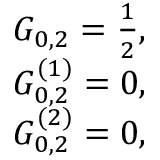
\begin{array} { r } { G _ { 0 , 2 } = \frac { 1 } { 2 } , } \\ { G _ { 0 , 2 } ^ { ( 1 ) } = 0 , } \\ { G _ { 0 , 2 } ^ { ( 2 ) } = 0 , } \end{array}